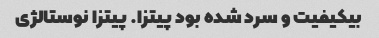
بیکیفیت و سرد شده بود پیتزا. پیتزا نوستالژی